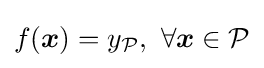
f({\boldsymbol {x}})=y_{\mathcal {P}},\ \forall {\boldsymbol {x}}\in {\mathcal {P}}